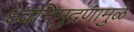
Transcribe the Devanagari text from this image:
ध्वनिमुद्रणामुळे